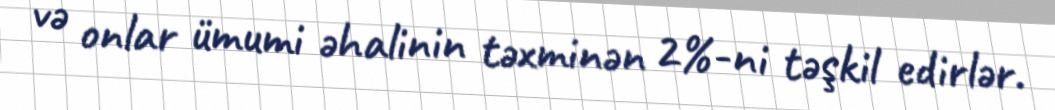
və onlar ümumi əhalinin təxminən 2%-ni təşkil edirlər.